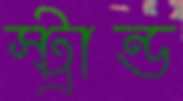
স্ট্রান্ড